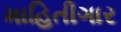
માહિતીગાર